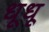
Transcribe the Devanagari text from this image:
धूधू